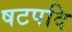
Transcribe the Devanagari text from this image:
षटपदि